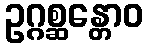
ဥဂ္ဂစ္ဆန္တောဝ